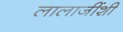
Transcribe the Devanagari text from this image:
लालाजींशी